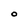
Character: O